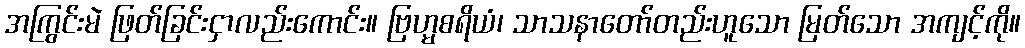
အကြွင်းမဲ ဖြတ်ခြင်းငှာလည်းကောင်း။ ဗြဟ္မစရိယံ၊ သာသနာတော်တည်းဟူသော မြတ်သော အကျင့်ကို။